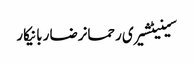
سینیٹشیری رحمانرضا ربانیکار